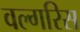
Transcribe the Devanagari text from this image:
वल्गरिस